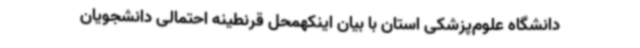
دانشگاه علوم‌پزشکی استان با بیان اینکهمحل قرنطینه احتمالی دانشجویان